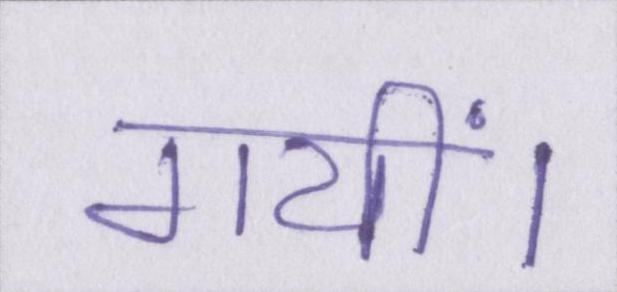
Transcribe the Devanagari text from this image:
गयीं।